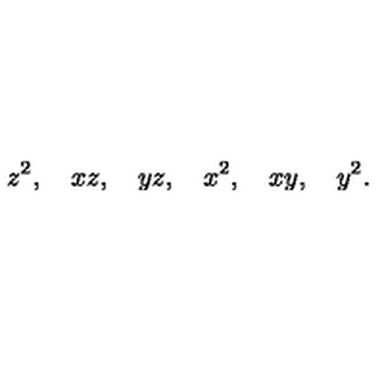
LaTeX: z ^ { 2 } , \quad x z , \quad y z , \quad x ^ { 2 } , \quad x y , \quad y ^ { 2 } .